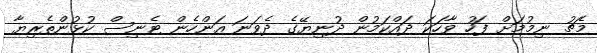
މެޗު ނިމުމަށް ފަހު ވާހަކަ ދައްކަމުން ދުނިޔޭގެ ދެވަނަ އަންހެން ޓެނިސް ކުޅުންތެރިޔާ